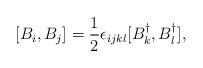
LaTeX: \begin{align*}[B_i,B_j]=\frac{1}{2}\epsilon_{ijkl}[B^\dagger_k,B^\dagger_l],\end{align*}